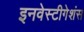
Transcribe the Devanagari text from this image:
इनवेस्टीगेशंस